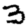
Digit: 3